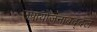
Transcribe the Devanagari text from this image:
उपायोजनाबद्दल